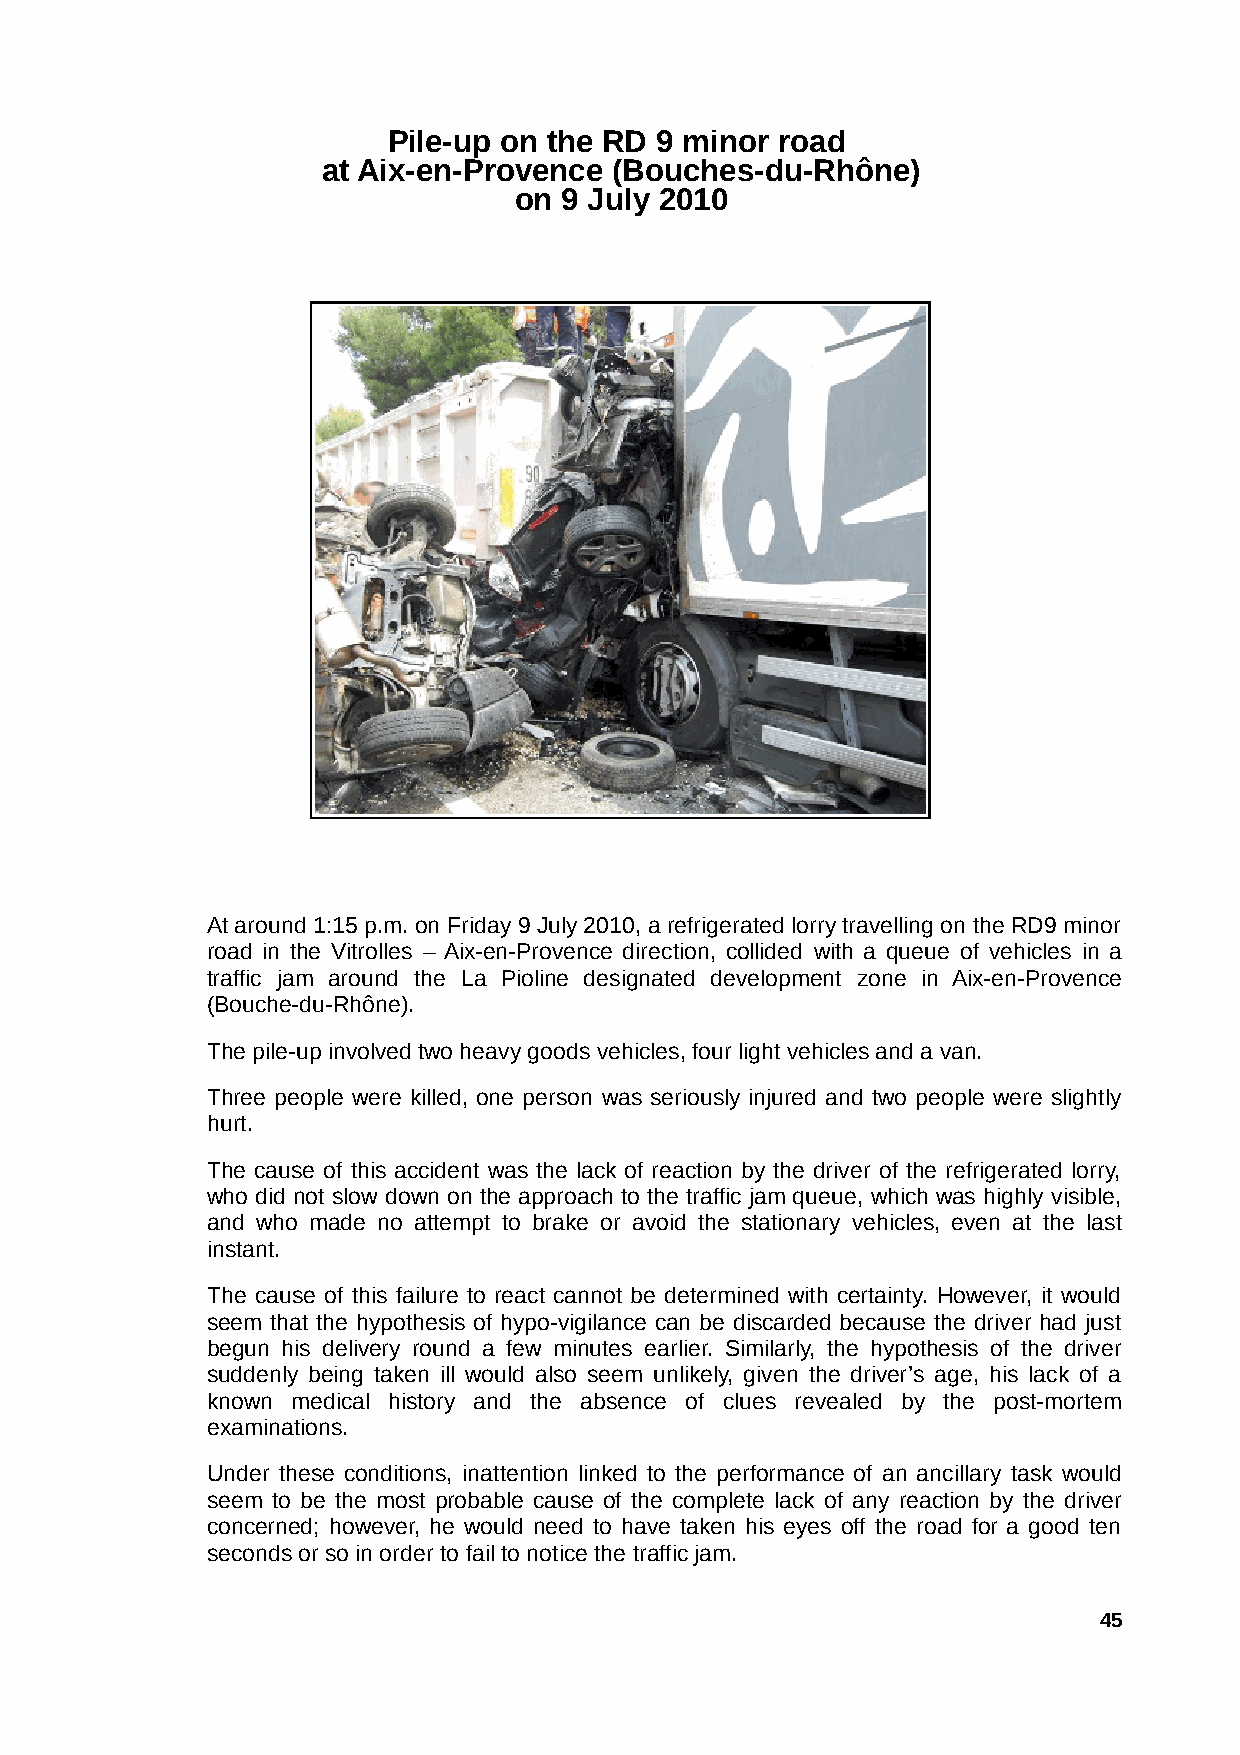
Pile-up on the RD 9 minor road
 at Aix-en-Provence  (Bouches-du-Rhône)
 on 9 July 2010
 At around 1:15 p.m. on Friday 9 July 2010, a refrigerated lorry travelling on the RD9 minor
 road in the Vitrolles – Aix-en-Provence direction, collided with a queue of vehicles in a
 traffic jam around the La Pioline designated development zone in Aix-en-Provence
 (Bouche-du-Rhône).
 The pile-up involved two heavy goods vehicles, four light vehicles and a van.
 Three people were killed, one person was seriously injured and two people were slightly
 hurt.
 The cause of this accident was the lack of reaction by the driver of the refrigerated lorry,
 who did not slow down on the approach to the traffic jam queue, which was highly visible,
 and who made no attempt to brake or avoid the stationary vehicles, even at the last
 instant.
 The cause of this failure to react cannot be determined with certainty. However, it would
 seem that the hypothesis of hypo-vigilance can be discarded because the driver had just
 begun his delivery round a few minutes earlier. Similarly, the hypothesis of the driver
 suddenly being taken ill would also seem unlikely, given the driver’s age, his lack of a
 known medical history and the absence of clues revealed by the post-mortem
 examinations.
 Under these conditions, inattention linked to the performance of an ancillary task would
 seem to be the most probable cause of the complete lack of any reaction by the driver
 concerned; however, he would need to have taken his eyes off the road for a good ten
 seconds or so in order to fail to notice the traffic jam.
 45